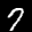
Label: 7